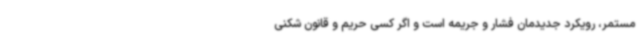
مستمر، رویکرد جدیدمان فشار و جریمه است و اگر کسی حریم و قانون شکنی